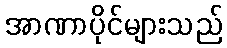
အာဏာပိုင်များသည်